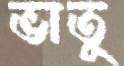
ভাতু